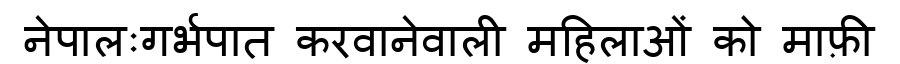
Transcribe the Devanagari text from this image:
नेपालःगर्भपात करवानेवाली महिलाओं को माफ़ी